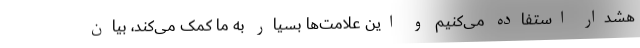
هشدار استفاده می‌کنیم و این علامت‌ها بسیار به ما کمک می‌کند، بیان